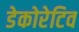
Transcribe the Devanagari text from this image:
डेकोरेटिव